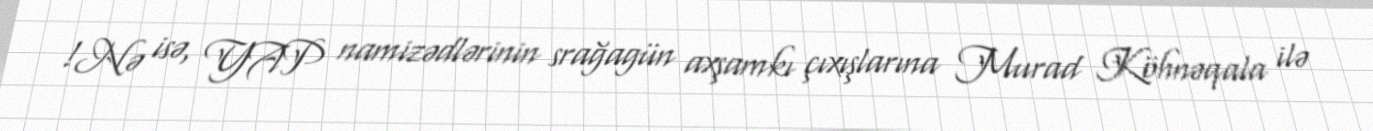
!Nə isə, YAP namizədlərinin srağagün axşamkı çıxışlarına Murad Köhnəqala ilə